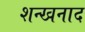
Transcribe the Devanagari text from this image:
शन्खनाद